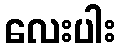
လေးပါး